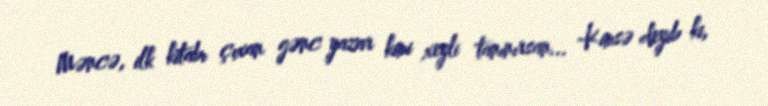
Məncə, ilk kitabı çıxan gənc yazar kimi xeyli tanınırsan... -Kimsə deyib ki,